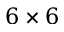
6 \times 6